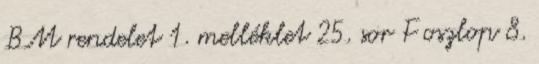
BM rendelet 1. melléklet 25. sor F oszlop 8.